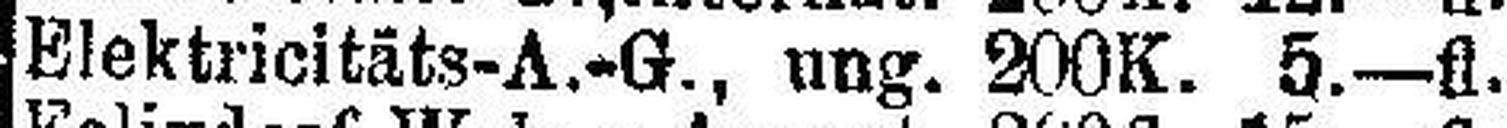
Elektricitäts-A.-G., ung. 200K. 5—fl.